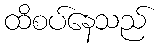
ထိစပ်နေသည်